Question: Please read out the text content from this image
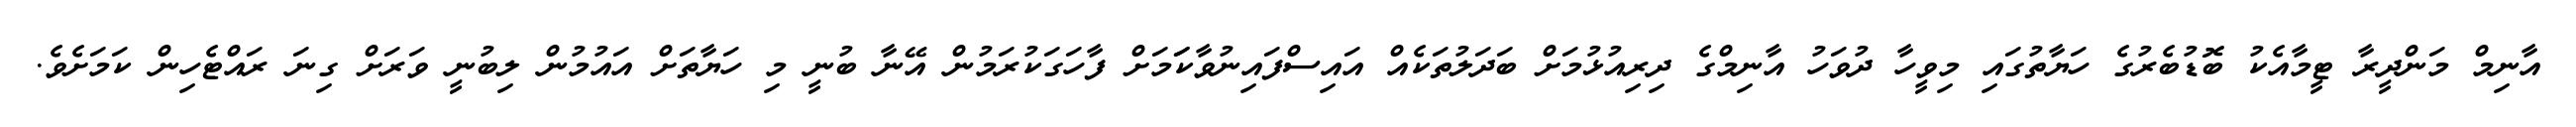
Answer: އާނިމް މަންދީރާ ޓީމާއެކު ބޮޑުބެރުގެ ހަޔާތުގައި މިވީހާ ދުވަހު އާނިމްގެ ދިރިއުޅުމަށް ބަދަލުތަކެއް އައިސްފައިނުވާކަަމަށް ފާހަގަކުރަމުން އޭނާ ބުނީ މި ހަޔާތަށް އައުމުން ލިބުނީ ވަރަށް ގިނަ ރައްޓެހިން ކަމަށެވެ.